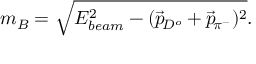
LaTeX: m _ { B } = \sqrt { E _ { b e a m } ^ { 2 } - ( \overrightarrow { p } \! _ { D ^ { o } } + \overrightarrow { p } \! _ { \pi ^ { - } } ) ^ { 2 } } .